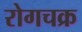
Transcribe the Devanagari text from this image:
रोगचक्र